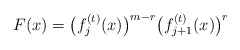
\begin{align*}F(x)=\bigl(f^{(t)}_j(x)\bigr)^{m-r}\bigl(f^{(t)}_{j+1}(x)\bigr)^r\end{align*}